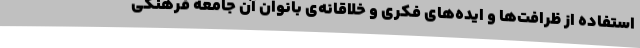
استفاده از ظرافت‌ها و ایده‌های فکری و خلاقانه‌ی بانوان آن جامعه فرهنگی